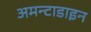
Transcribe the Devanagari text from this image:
अमन्टाडाइन